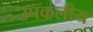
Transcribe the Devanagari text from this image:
उपकलीय